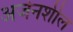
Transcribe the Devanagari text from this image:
अर्जनशील